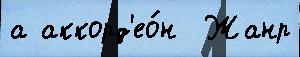
а аккорд'ео́н  Жанр